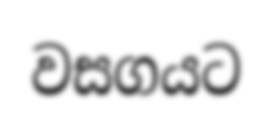
වසගයට